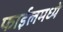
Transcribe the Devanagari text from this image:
फाईलमध्ये